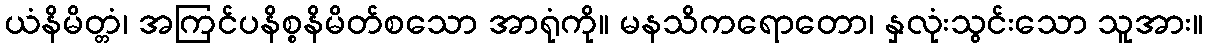
ယံနိမိတ္တံ၊ အကြင်ပနိစ္စနိမိတ်စသော အာရုံကို။ မနသိကရောတော၊ နှလုံးသွင်းသော သူအား။